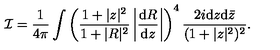
{ \cal I } = \frac { 1 } { 4 \pi } \int \left( \frac { 1 + | z | ^ { 2 } } { 1 + | R | ^ { 2 } } \left| \frac { \mathrm { d } R } { \mathrm { d } z } \right| \right) ^ { 4 } \frac { 2 i \mathrm { d } z \mathrm { d } { \bar { z } } } { ( 1 + | z | ^ { 2 } ) ^ { 2 } } .